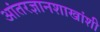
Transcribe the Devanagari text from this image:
आंतरज्ञानशाखांशी